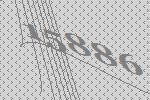
15886